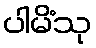
ပါမိံသု